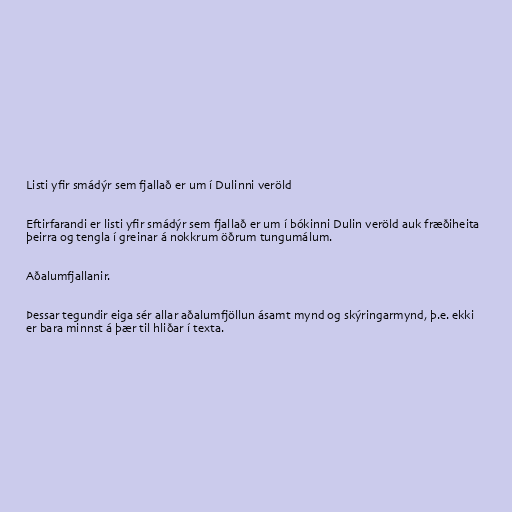
Listi yfir smádýr sem fjallað er um í Dulinni veröld

Eftirfarandi er listi yfir smádýr sem fjallað er um í bókinni Dulin veröld auk fræðiheita
þeirra og tengla í greinar á nokkrum öðrum tungumálum.

Aðalumfjallanir.

Þessar tegundir eiga sér allar aðalumfjöllun ásamt mynd og skýringarmynd, þ.e. ekki
er bara minnst á þær til hliðar í texta.